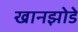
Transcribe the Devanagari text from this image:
खानझोडे